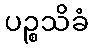
ပဉ္စသိခံ